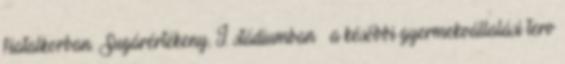
fiatalkorban. Sugárértékeny, I. stádiumban – a későbbi gyermekvállalási terv